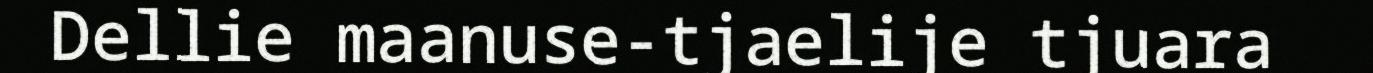
Dellie maanuse-tjaelije tjuara